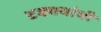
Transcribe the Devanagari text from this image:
टक्क्यांची